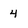
Character: 4